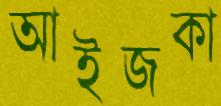
আইজকা